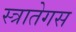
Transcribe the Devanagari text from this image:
स्त्रातेगस